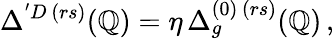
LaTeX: \Delta^{'D\, (rs)}(\mathbb{Q})=\eta\, \Delta_{g}^{(0)\, (rs)}(\mathbb{Q})\, ,